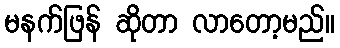
မနက်ဖြန် ဆိုတာ လာတော့မည်။